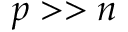
p > > n